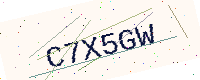
Text: C7X5GW